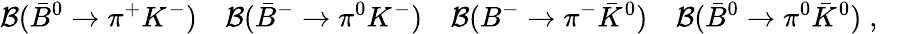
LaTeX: {\cal B}({\bar{B}}^{0}\to\pi^{+}K^{-})\quad{\cal B}({\bar{B}}^{-}\to\pi^{0}K^{-})\quad{\cal B}(B^{-}\to\pi^{-}{\bar{K}}^{0})\quad{\cal B}({\bar{B}}^{0}\to\pi^{0}{\bar{K}}^{0})\; ,\quad